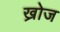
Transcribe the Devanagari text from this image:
ख्रोज